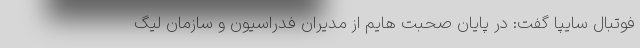
فوتبال سایپا گفت: در پایان صحبت هایم از مدیران فدراسیون و سازمان لیگ